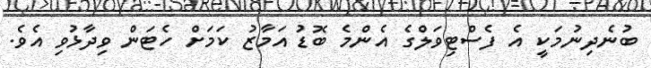
ބުނެދިނުމަކީ އެ ފެސްޓިވަލްގެ އެންމެ ބޮޑު އަމާޒު ކަމަށް ހެޓަން ވިދާޅުވި އެވެ.